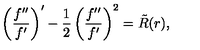
\left( \frac { f ^ { \prime \prime } } { f ^ { \prime } } \right) ^ { \prime } - { \frac { 1 } { 2 } } \left( \frac { f ^ { \prime \prime } } { f ^ { \prime } } \right) ^ { 2 } = \tilde { R } ( r ) ,